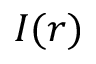
I ( r )